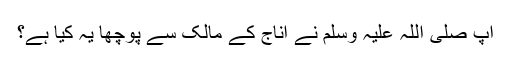
آپ صلی اللہ علیہ وسلم نے اناج کے مالک سے پوچھا یہ کیا ہے؟